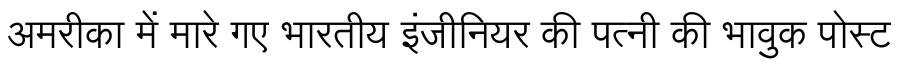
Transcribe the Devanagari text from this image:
अमरीका में मारे गए भारतीय इंजीनियर की पत्नी की भावुक पोस्ट